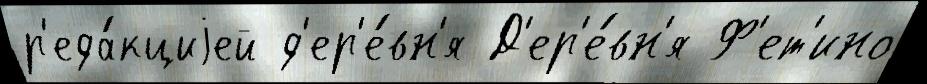
р'еда́кциjей д'ер'е́вн'я Д'ер'е́вн'я Ф'ет'ино